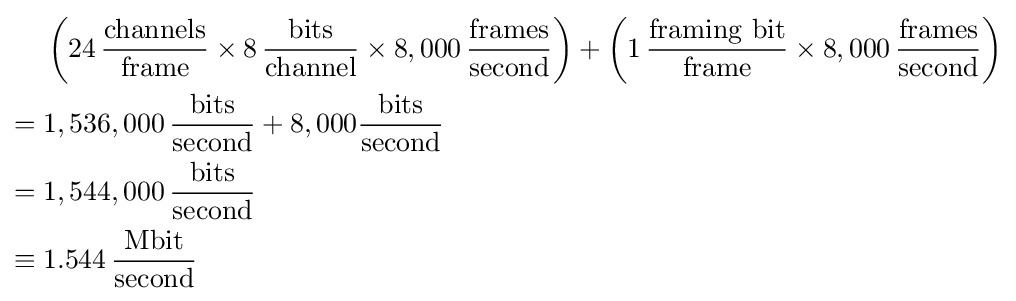
{\begin{aligned}&\left(24\,{\frac {\mathrm {channels} }{\mathrm {frame} }}\times 8\,{\frac {\mathrm {bits} }{\mathrm {channel} }}\times 8,000\,{\frac {\mathrm {frames} }{\mathrm {second} }}\right)+\left(1\,{\frac {\mathrm {framing\ bit} }{\mathrm {frame} }}\times 8,000\,{\frac {\mathrm {frames} }{\mathrm {second} }}\right)\\={}&1,536,000\,{\frac {\mathrm {bits} }{\mathrm {second} }}+8,000{\frac {\mathrm {bits} }{\mathrm {second} }}\\={}&1,544,000\,{\frac {\mathrm {bits} }{\mathrm {second} }}\\\equiv {}&1.544\,{\frac {\mathrm {Mbit} }{\mathrm {second} }}\end{aligned}}